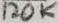
Text: 120K